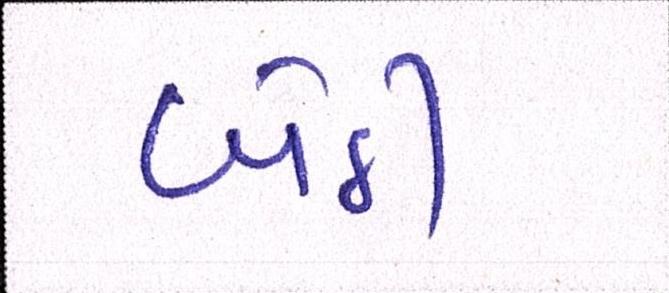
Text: બેઠી